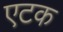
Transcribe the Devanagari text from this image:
एटक